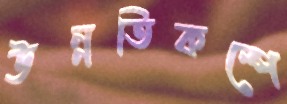
উন্নতিকল্পে